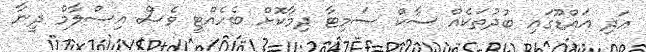
އަދި އައްޑޫގައި ބުދުތަކެއް ސާކް ސަމިޓާ ދިމާކޮށް ބެހެއްޓީ ވެސް އިސްލާމް ދީނާ